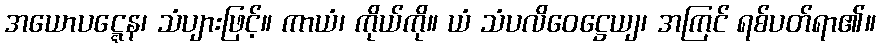
အယောပဋ္ဋေန၊ သံပျားဖြင့်။ ကာယံ၊ ကိုယ်ကို။ ယံ သံပလိဝေဋ္ဌေယျ၊ အကြင် ရစ်ပတ်ရာ၏။